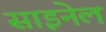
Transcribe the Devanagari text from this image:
साइनेल